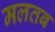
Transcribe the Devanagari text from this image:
मलतब